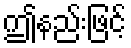
ဤနည်းဖြင့်